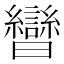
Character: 曫